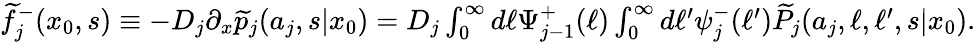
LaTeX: \begin{array}{r}{\widetilde{f}_{j}^{-}(x_{0},s)\equiv-D_{j}\partial_{x}\widetilde{p}_{j}(a_{j},s|x_{0})=D_{j}\int_{0}^{\infty}d\ell\Psi_{j-1}^{+}(\ell)\int_{0}^{\infty}d\ell^{\prime}\psi_{j}^{-}(\ell^{\prime})\widetilde{P}_{j}(a_{j},\ell,\ell^{\prime},s|x_{0}).}\end{array}